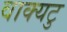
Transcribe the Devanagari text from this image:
वाक्यटु